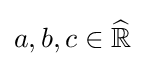
a,b,c\in {\widehat {\mathbb {R} }}